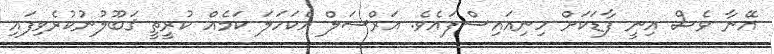
އޭނާ ވެސް އިނީ ފާޑަކަށް ހިނިއައިސްފައެވެ. އަރްސަލް އެކަހަލަ ކަމެއް ކުރީތީ ޤަބޫލުނުކުރެވިފައި